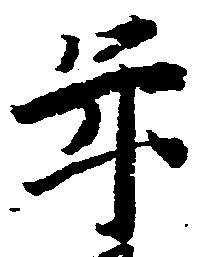
年